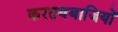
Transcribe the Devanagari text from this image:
करतबबाजियों